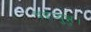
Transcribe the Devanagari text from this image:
चईय्युन्नु।